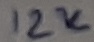
Text: 12K